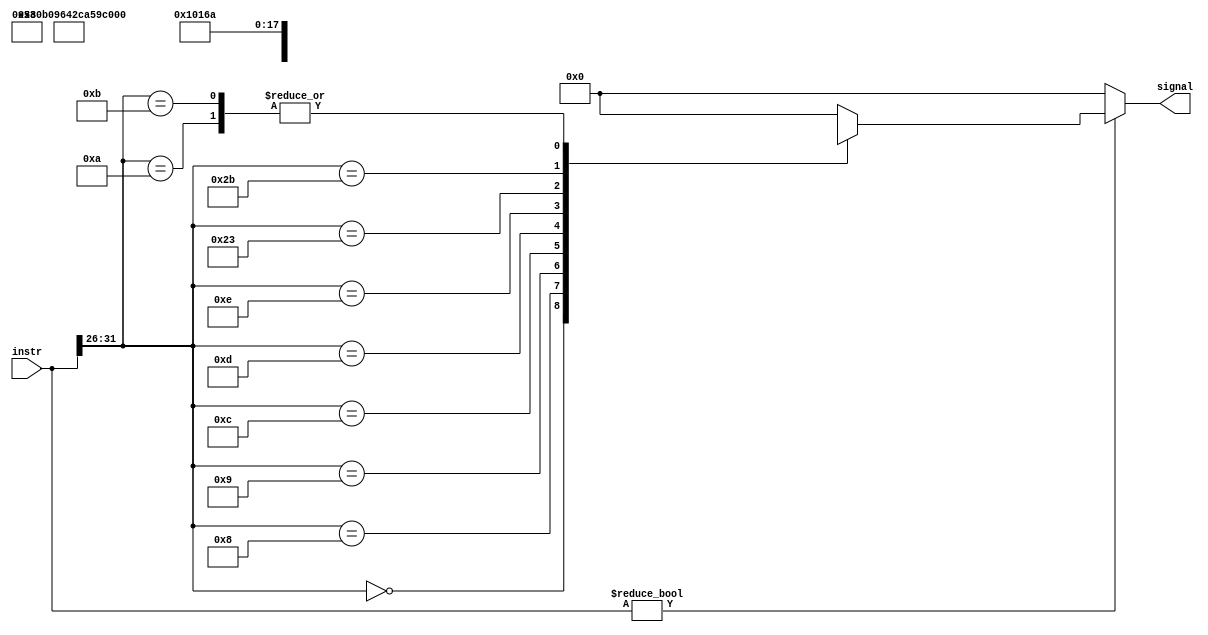
`timescale 1ns / 1ps
//////////////////////////////////////////////////////////////////////////////////
// Company: 
// Engineer: 
// 
// Design Name: 
// Module Name:    cu 
// Project Name: 
// Target Devices: 
// Tool versions: 
// Description: 
//
// Dependencies: 
//
// Revision: 
// Revision 0.01 - File Created
// Additional Comments: 
//
//////////////////////////////////////////////////////////////////////////////////
module cu(
	 input [31:0] instr,
	 output reg [10:0] signal
	 );
	 
	 always@( * )
			if( instr )
					case( instr[31:26] )
							6'b000000:	signal = { 5'b00011, instr[5:0] };		// 
							6'b001000:	signal = { 5'b00101, 6'b100000 };		// ADDI
							6'b001001:	signal = { 5'b00101, 6'b100001 };		// ADDIU
							6'b001100:	signal = { 5'b00101, 6'b100100 };		// ANDI
							6'b001101:	signal = { 5'b00101, 6'b100101 };		// ORI
							6'b001110:	signal = { 5'b00101, 6'b100110 };		// XORI
							6'b100011:	signal = { 5'b10101, 6'b100000 };		// LW
							6'b101011:	signal = { 5'b011x0, 6'b100000 };		// SW
							6'b001010:	signal = { 5'b00101, 6'b101010 };		// SLTI
							6'b001011:	signal = { 5'b00101, 6'b101010 };		// SLTIU
							default	:	signal = 11'b00000000000;
					endcase
			else
					signal = 11'b00000000000;

endmodule